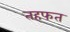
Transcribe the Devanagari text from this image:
तहफत